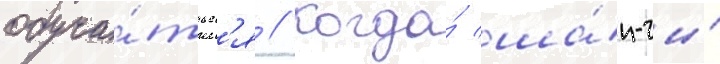
обуча́тьс'я // Когда́ ша́н-чи́